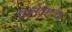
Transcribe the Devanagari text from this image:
कलेवराच्या